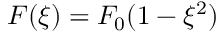
F ( \xi ) = F _ { 0 } ( 1 - \xi ^ { 2 } )